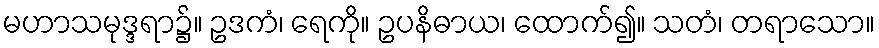
မဟာသမုဒ္ဒရာ၌။ ဥဒကံ၊ ရေကို။ ဥပနိဓာယ၊ ထောက်၍။ သတံ၊ တရာသော။